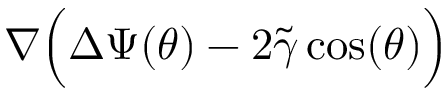
\nabla \Big ( \Delta \Psi ( \theta ) - 2 \widetilde { \gamma } \cos ( \theta ) \Big )